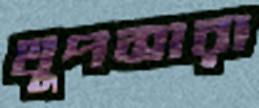
থুপসারা